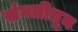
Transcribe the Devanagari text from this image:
संगतीतून